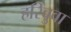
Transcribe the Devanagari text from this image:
हरिबुवा